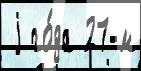
 j го́да 27-м